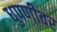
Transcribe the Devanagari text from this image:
धुपणीवर